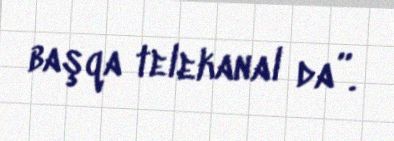
başqa telekanal da”.